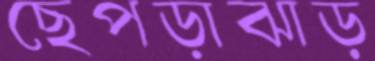
ছেপড়াঝাড়